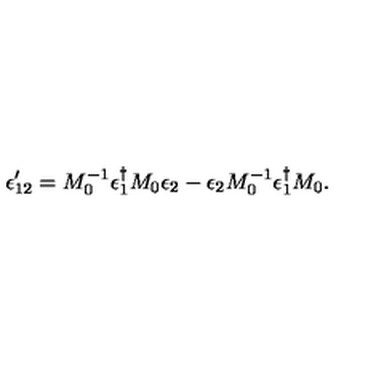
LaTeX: \epsilon _ { 1 2 } ^ { \prime } = M _ { 0 } ^ { - 1 } \epsilon _ { 1 } ^ { \dagger } M _ { 0 } \epsilon _ { 2 } - \epsilon _ { 2 } M _ { 0 } ^ { - 1 } \epsilon _ { 1 } ^ { \dagger } M _ { 0 } .